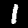
Digit: 1